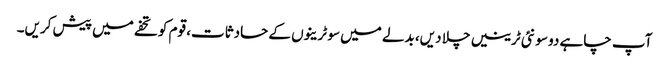
آپ چاہے دو سو نئی ٹرینیں چلا دیں، بدلے میں سو ٹرینوں کے حادثات، قوم کو تحفے میں پیش کریں۔